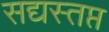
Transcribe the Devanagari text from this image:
सद्यस्तप्त